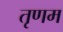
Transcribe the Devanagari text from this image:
तृणम